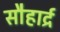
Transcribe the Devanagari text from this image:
सौहार्द्र